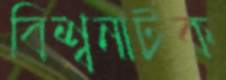
বিশ্বনাটক